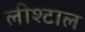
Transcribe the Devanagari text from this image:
लीश्टाल